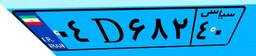
۹۴D۰۶۴۷۶